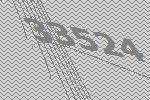
33524